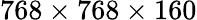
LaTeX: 768\times 768\times 160